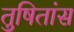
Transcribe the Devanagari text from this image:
तुषितांस